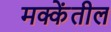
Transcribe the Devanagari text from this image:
मक्केंतील